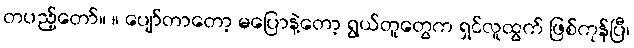
တပည့်တော်။ ။ ပျော်တာတော့ မပြောနဲ့တော့ ရွယ်တူတွေက ရှင်လူထွက် ဖြစ်ကုန်ပြီ၊